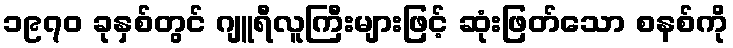
၁၉၇၀ ခုနှစ်တွင် ဂျူရီလူကြီးများဖြင့် ဆုံးဖြတ်သော စနစ်ကို